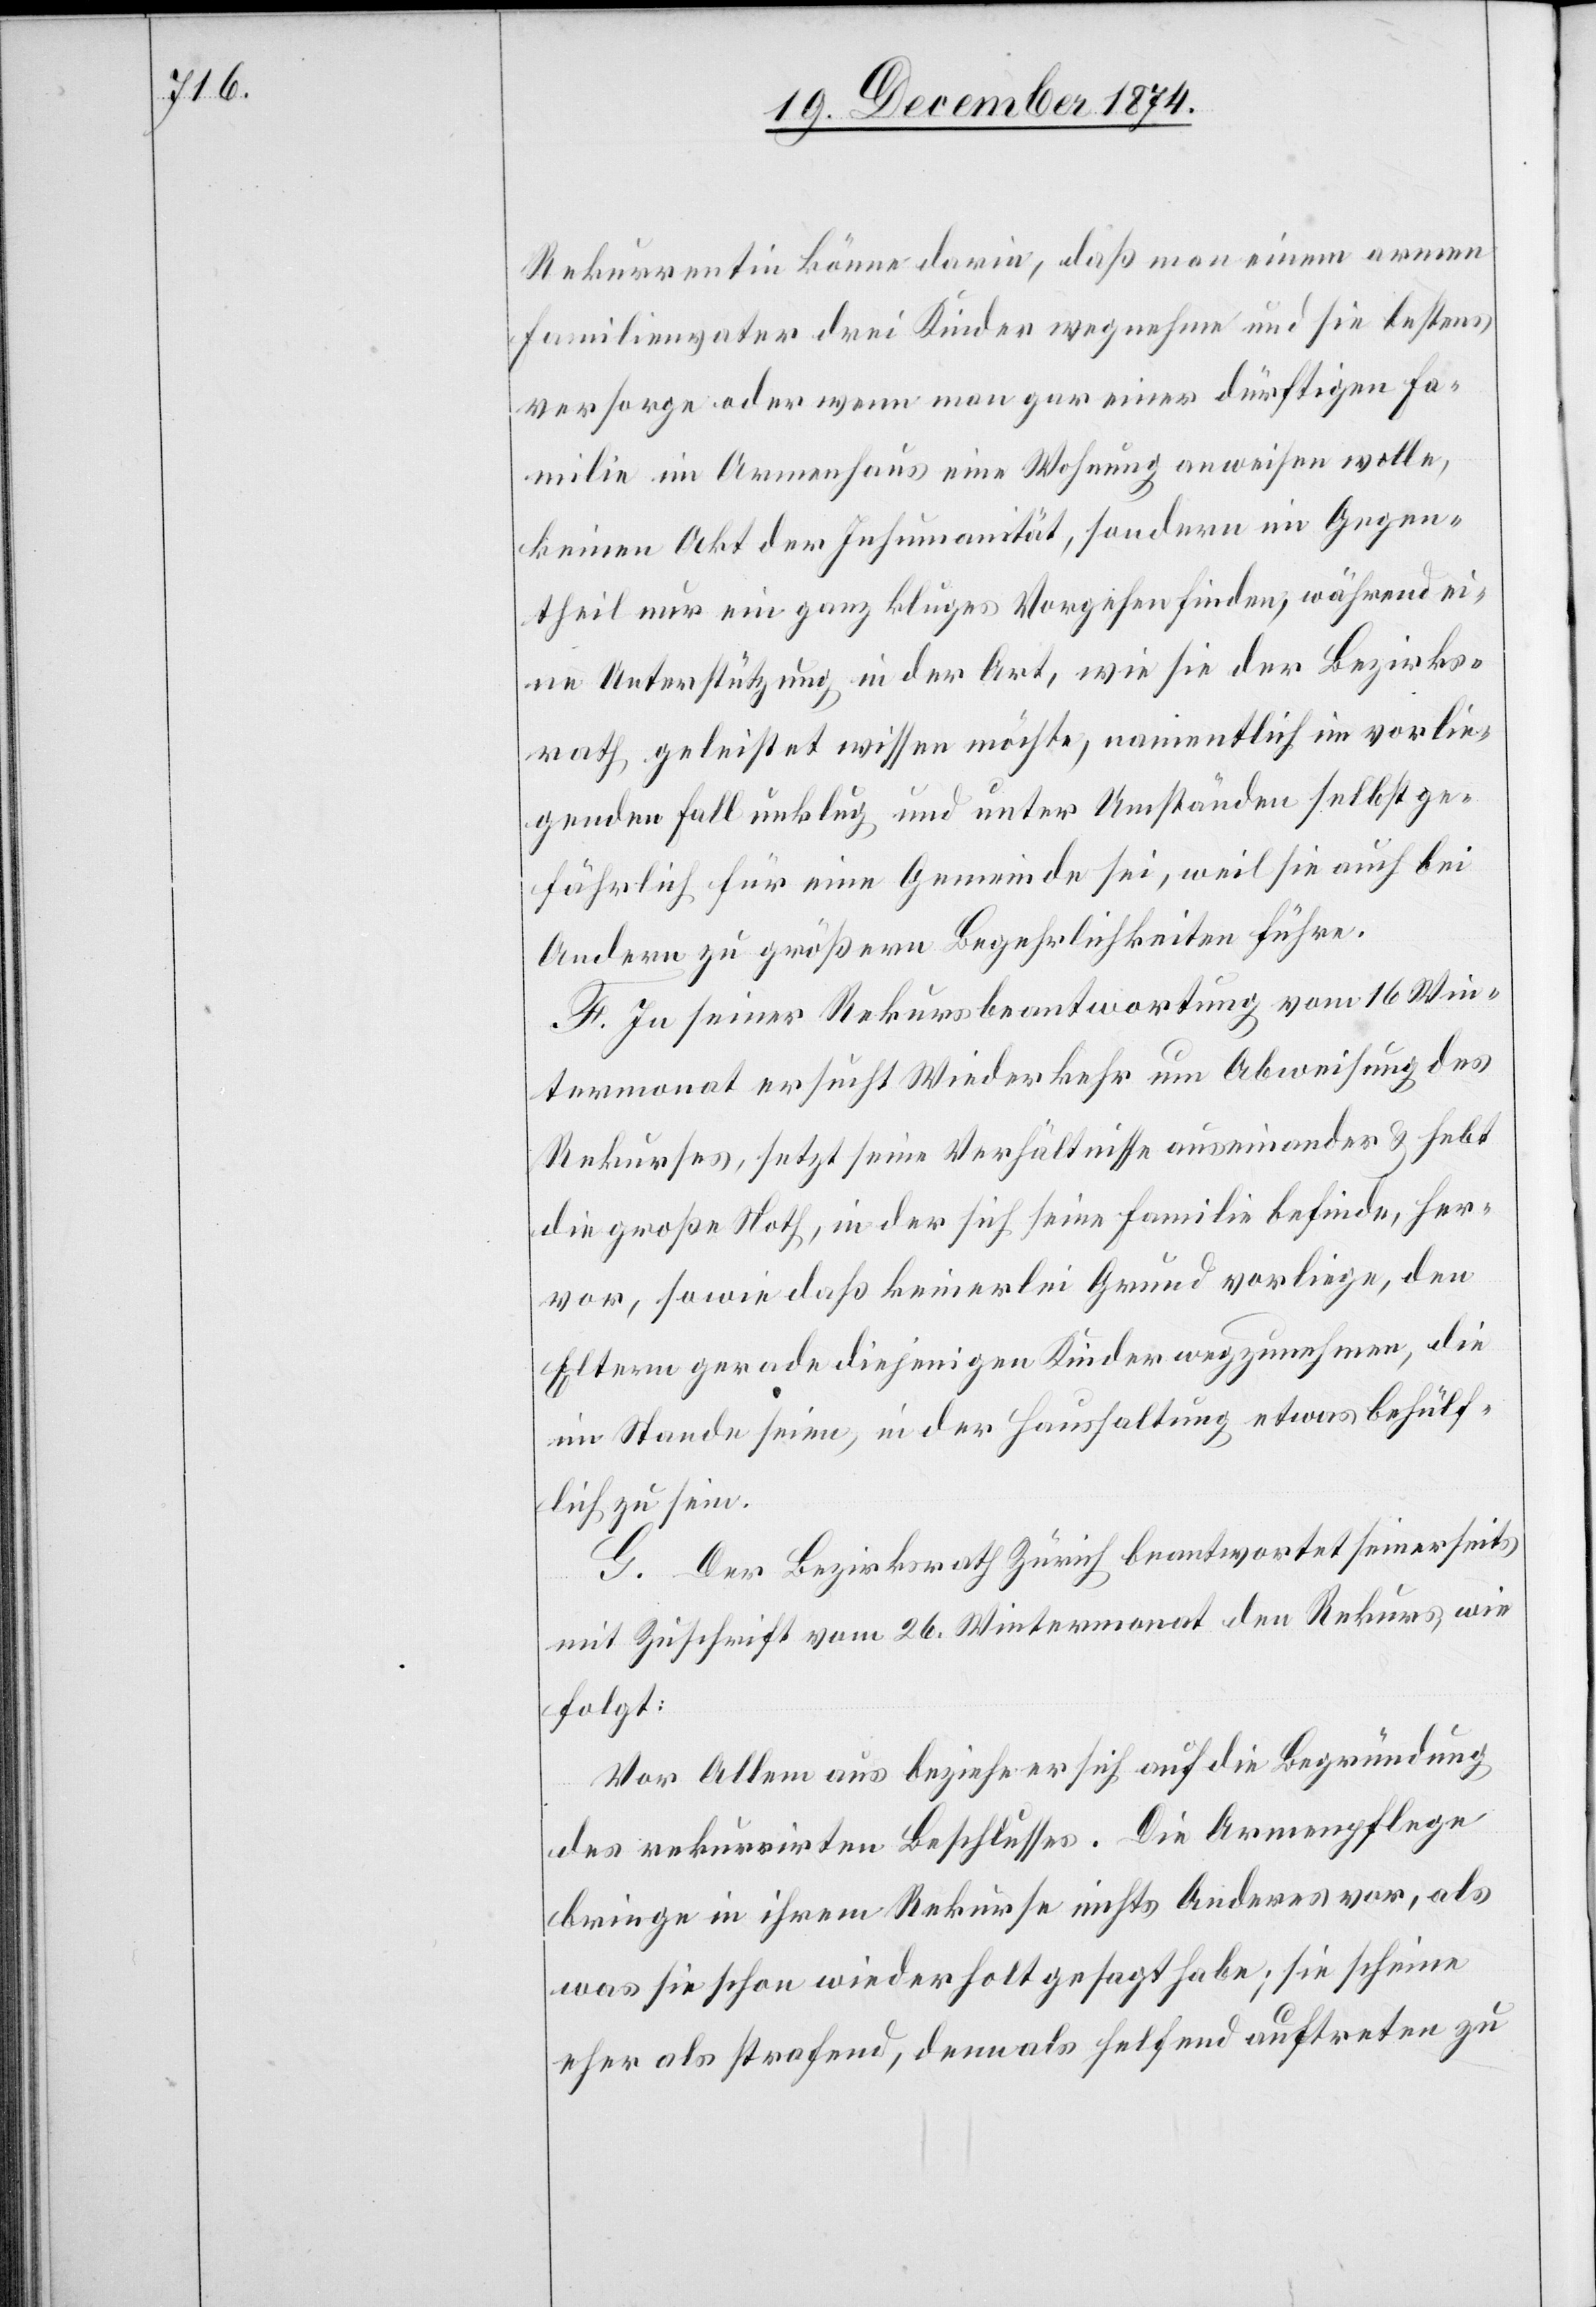
Rekurrentin könne darin, daß man einem armen
Familienvater drei Kinder wegnehme und sie bestens
versorge oder wenn man gar einer dürftigen Fa¬
milie im Armenhaus eine Wohnung anweisen wolle,
keinen Akt der Inhumanität, sondern im Gegen¬
theil nur ein ganz kluges Vorgehen finden, während ei¬
ne Unterstützung in der Art, wie sie der Bezirks¬
rath geleistet wissen möchte, namentlich im vorlie¬
genden Fall unklug und unter Umständen selbst ge¬
fährlich für eine Gemeinde sei, weil sie auch bei
Andern zu größern Begehrlichkeiten führe.
F. In seiner Rekursbeantwortung vom 16. Win¬
termonat ersucht Wiederkehr um Abweisung des
Rekurses, setzt seine Verhältnisse auseinander & hebt
die große Noth, in der sich seine Familie befinde, her¬
vor, sowie daß keinerlei Grund vorliege, den
Eltern gerade diejenigen Kinder wegzunehmen, die
im Stande seien, in der Haushaltung etwas behülf¬
lich zu sein.
G. Der Bezirksrath Zürich beantwortet seinerseits
mit Zuschrift vom 26. Wintermonat den Rekurs wie
folgt:
Vor Allem aus beziehe er sich auf die Begründung
des rekurrirten Beschlusses. Die Armenpflege
bringe in ihrem Rekurse nichts Anderes vor, als
was sie schon wiederholt gesagt habe; sie scheine
eher als strafend, denn als helfend auftreten zu